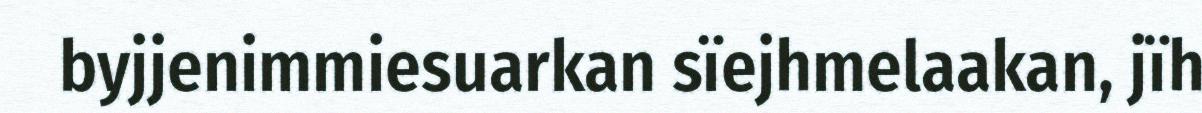
byjjenimmiesuarkan sïejhmelaakan, jïh